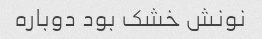
نونش خشک بود دوباره